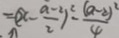
= ( x - \frac { a - 2 } { 2 } ) ^ { 2 } - \frac { ( a - 2 ) ^ { 2 } } { 4 }